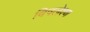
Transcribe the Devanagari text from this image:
विषलेश्ण